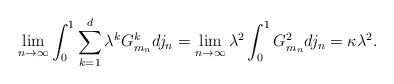
LaTeX: \begin{align*}\lim_{n \to \infty}\int_{0}^{1}\sum_{k=1}^{d}\lambda^k G^k_{m_n}dj_n = \lim_{n \to \infty}\lambda^2\int_{0}^{1}G^2_{m_n}dj_n = \kappa\lambda^2. \end{align*}